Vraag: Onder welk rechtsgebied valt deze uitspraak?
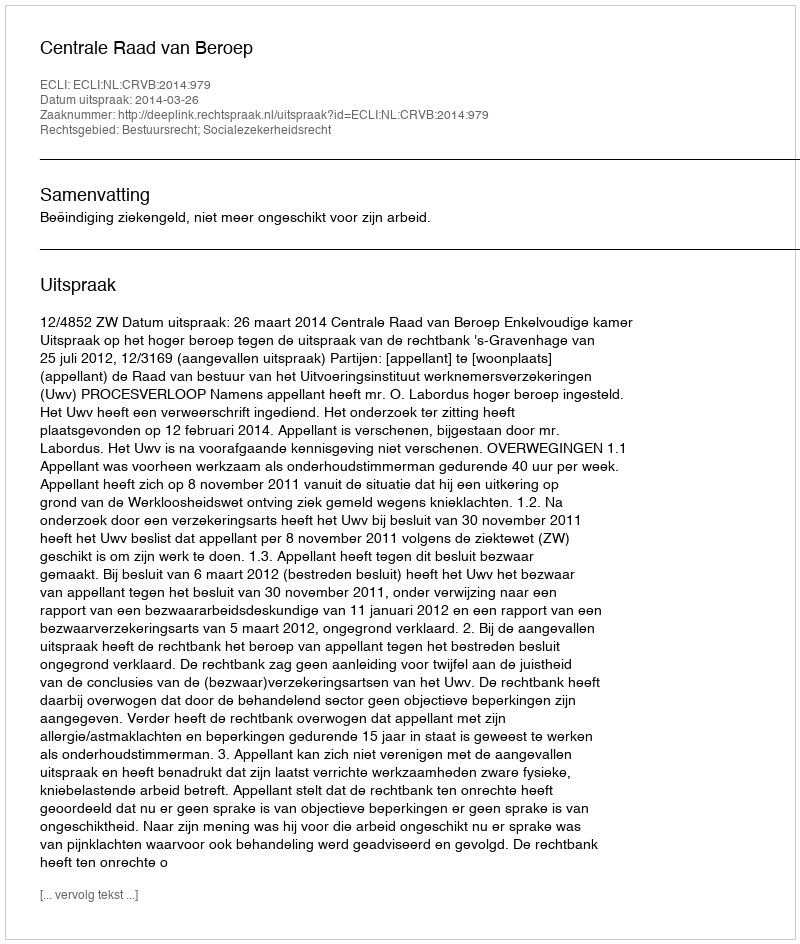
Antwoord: Bestuursrecht; Socialezekerheidsrecht